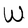
Character: W